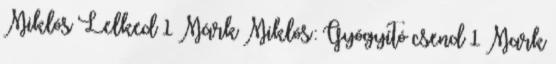
Miklós Lelked 1 Márk Miklós: Gyógyító csend 1 Mark